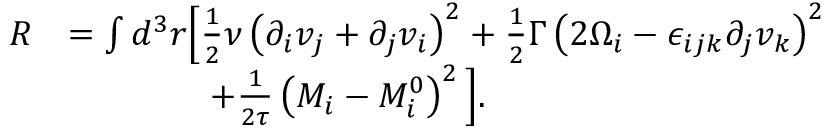
\begin{array} { r l } { R } & { = \int d ^ { 3 } r \Big [ \frac { 1 } { 2 } \nu \left( \partial _ { i } v _ { j } + \partial _ { j } v _ { i } \right) ^ { 2 } + \frac { 1 } { 2 } \Gamma \left( 2 \Omega _ { i } - \epsilon _ { i j k } \partial _ { j } v _ { k } \right) ^ { 2 } } \\ & { \quad \quad \quad \quad + \frac { 1 } { 2 \tau } \left( M _ { i } - M _ { i } ^ { 0 } \right) ^ { 2 } \Big ] . } \end{array}